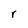
Character: r